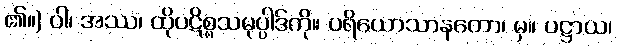
၏။) ဝါ၊ အဿ၊ ထိုပဋိစ္စသမုပ္ပါဒ်ကို။ ပရိယောသာနတော၊ မှ။ ပဋ္ဌာယ၊